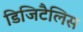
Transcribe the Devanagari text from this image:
डिजिटैलिस